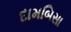
દામબિસા